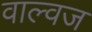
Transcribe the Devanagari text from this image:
वाल्वज